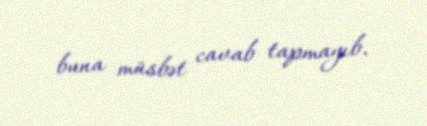
buna müsbət cavab tapmayıb.